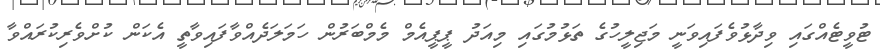
ޓުވީޓެއްގައި ވިދާޅުވެފައިވަނީ މަޖިލީހުގެ ތަޅުމުގައި މިއަދު ޕީޕީއެމް މެމްބަރުން ހަމަލަދެއްވާފައިވާތީ އެކަން ކުށްވެރިކުރައްވާ